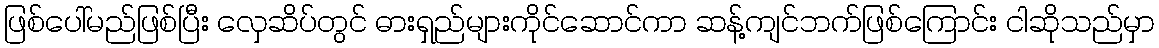
ဖြစ်ပေါ်မည်ဖြစ်ပြီး လှေဆိပ်တွင် ဓားရှည်များကိုင်ဆောင်ကာ ဆန့်ကျင်ဘက်ဖြစ်ကြောင်း ငါဆိုသည်မှာ